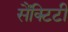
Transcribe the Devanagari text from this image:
सैंक्टिटी